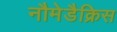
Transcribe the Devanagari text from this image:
नौमेडैक्रिस